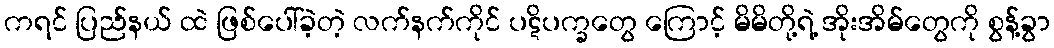
ကရင် ပြည်နယ် ထဲ ဖြစ်ပေါ်ခဲ့တဲ့ လက်နက်ကိုင် ပဋိပက္ခတွေ ကြောင့် မိမိတို့ရဲ့ အိုးအိမ်တွေကို စွန့်ခွာ